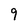
Character: 9